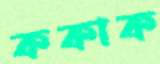
ককাক